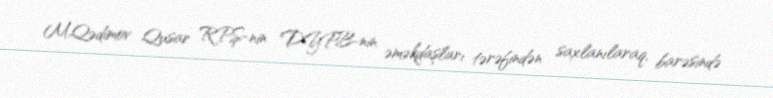
M.Qədimov Qusar RPŞ-nin DYPB-nin əməkdaşları tərəfindən saxlanılaraq, barəsində